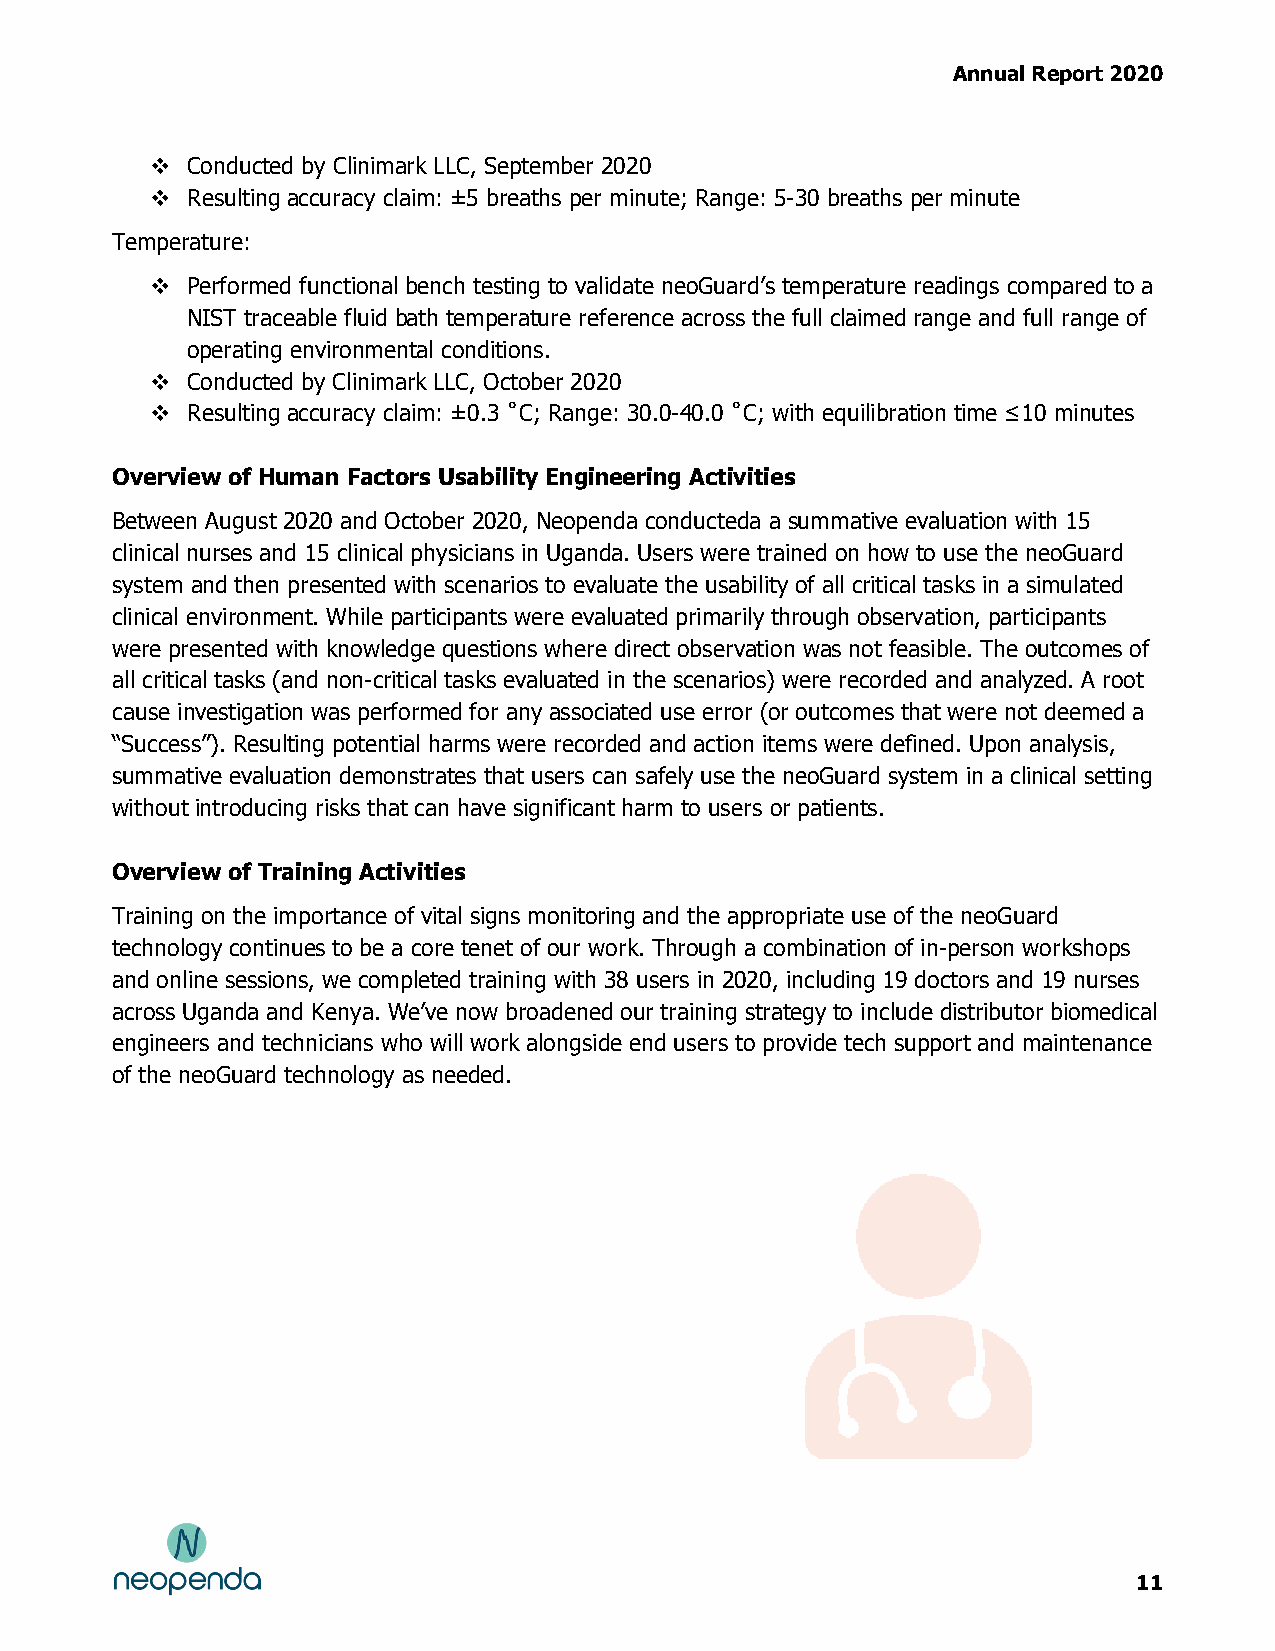
Annual Report 2020
  Conducted by Clinimark LLC, September 2020
  Resulting accuracy claim: ±5 breaths per minute; Range: 5-30 breaths per minute
 Temperature:
  Performed functional bench testing to validate neoGuard’s temperature readings compared to a
 NIST traceable fluid bath temperature reference across the full claimed range and full range of
 operating environmental conditions.
  Conducted by Clinimark LLC, October 2020
  Resulting accuracy claim: ±0.3 ˚C; Range: 30.0-40.0 ˚C; with equilibration time ≤10 minutes
 Overview of Human Factors Usability Engineering Activities
 Between August 2020 and October 2020, Neopenda conducteda a summative evaluation with 15
 clinical nurses and 15 clinical physicians in Uganda. Users were trained on how to use the neoGuard
 system and then presented with scenarios to evaluate the usability of all critical tasks in a simulated
 clinical environment. While participants were evaluated primarily through observation, participants
 were presented with knowledge questions where direct observation was not feasible. The outcomes of
 all critical tasks (and non-critical tasks evaluated in the scenarios) were recorded and analyzed. A root
 cause investigation was performed for any associated use error (or outcomes that were not deemed a
 “Success”). Resulting potential harms were recorded and action items were defined. Upon analysis,
 summative evaluation demonstrates that users can safely use the neoGuard system in a clinical setting
 without introducing risks that can have significant harm to users or patients.
 Overview of Training Activities
 Training on the importance of vital signs monitoring and the appropriate use of the neoGuard
 technology continues to be a core tenet of our work. Through a combination of in-person workshops
 and online sessions, we completed training with 38 users in 2020, including 19 doctors and 19 nurses
 across Uganda and Kenya. We’ve now broadened our training strategy to include distributor biomedical
 engineers and technicians who will work alongside end users to provide tech support and maintenance
 of the neoGuard technology as needed.
 11